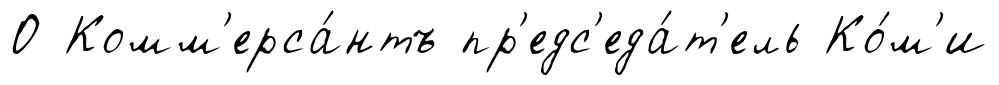
О Комм'ерса́нтъ пр'едс'еда́т'ель Ко́м'и